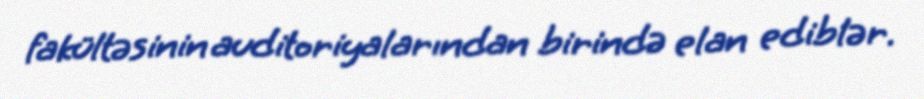
fakültəsinin auditoriyalarından birində elan ediblər.